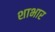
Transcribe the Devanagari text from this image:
शाभार